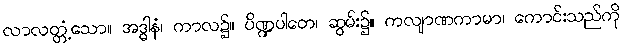
လာလတ္တံ့သော။ အဒ္ဓါနံ၊ ကာလ၌။ ပိဏ္ဍပါတေ၊ ဆွမ်း၌။ ကလျာဏကာမာ၊ ကောင်းသည်ကို